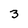
Character: 3